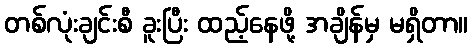
တစ်လုံးချင်းစီ ခူးပြီး ထည့်နေဖို့ အချိန်မှ မရှိတာ။